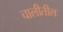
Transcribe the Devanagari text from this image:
चालीतील